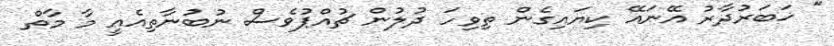
" ޚަބަރުދާރު އޭނައޭ ކިޔައިގެން ތިވިހަ ދުލުން ޗުއްޕުވެސް ނުބުނާތިއެއީ މާ މާތް